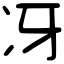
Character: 冴